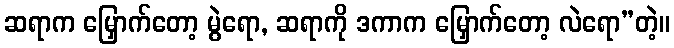
ဆရာက မြှောက်တော့ မွဲရော, ဆရာကို ဒကာက မြှောက်တော့ လဲရော”တဲ့။